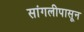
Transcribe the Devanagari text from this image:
सांगलीपासून